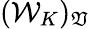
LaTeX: (\mathcal{W}_{K})_{\mathfrak{V}}